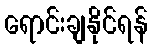
ရောင်းချနိုင်ရန်